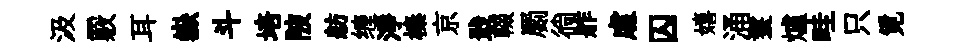
汲覈耳嶽斗培陂舫缠淨榛京戢輟罽徜舴䖏囚嬉涌鬟爐畦只覓